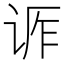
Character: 𬣶